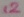
Text: 12